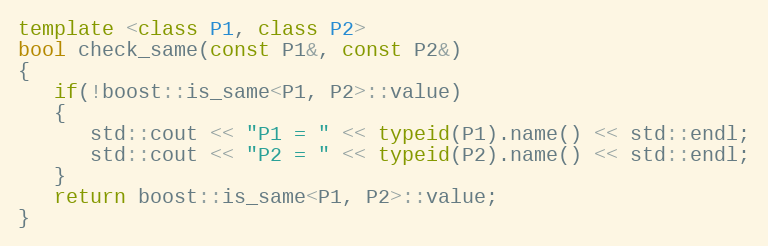
Language: C++
template <class P1, class P2>
bool check_same(const P1&, const P2&)
{
   if(!boost::is_same<P1, P2>::value)
   {
      std::cout << "P1 = " << typeid(P1).name() << std::endl;
      std::cout << "P2 = " << typeid(P2).name() << std::endl;
   }
   return boost::is_same<P1, P2>::value;
}